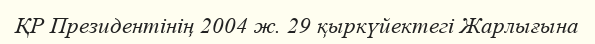
ҚР Президентінің 2004 ж. 29 қыркүйектегі Жарлығына